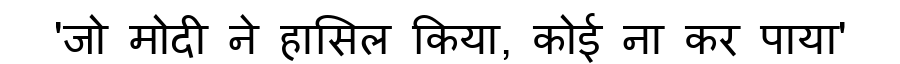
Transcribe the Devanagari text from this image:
'जो मोदी ने हासिल किया, कोई ना कर पाया'